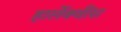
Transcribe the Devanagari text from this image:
हार्लेक्वींस